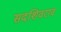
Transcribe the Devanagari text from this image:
सदशिवराव